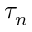
\tau _ { n }